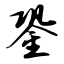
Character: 銎